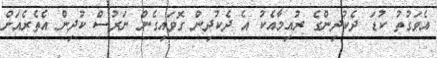
އެވަގުތު ކުޑަ ދެކުދިންގެ ރުއިމާއެކު އެ ދެކުދިން ގޮވައިގެން ނަރުސް ކުދިން އެތެރެއަށް